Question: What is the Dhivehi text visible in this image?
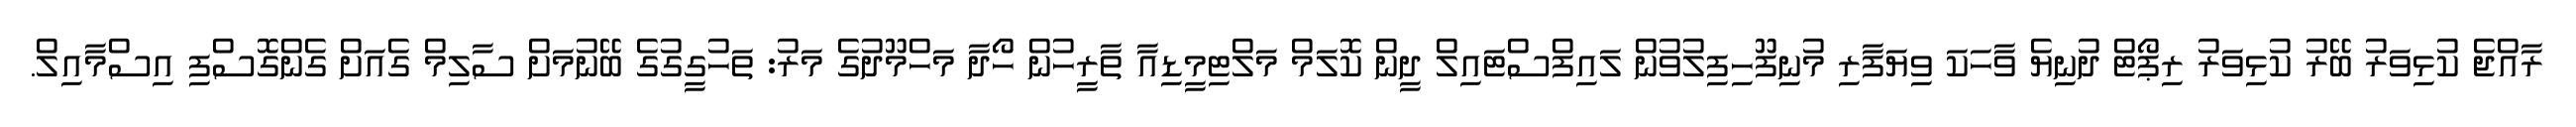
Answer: ރާއްޖެ ކުޅިވަރު ބޭރު ކުޅިވަރު ރިޕޯޓް ދުނިޔެ ވާހަކަ ވިޔަފާރި މުނިފޫހިފިލުވުން ލައިފްސްޓައިލް ދީން ކޮލަމް މަލްޓިމީޑިއާ ތާރީހުން ހޯދާ މަހްމޫދުގެ މަރު: ތަހުގީގުގެ ބޭނުމަށް ސާލިމް ގެއަށް ގެންގޮސްފި އިސްމާއިލް.